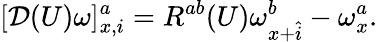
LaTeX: [{\cal D}(U)\omega]_{x,i}^{a}=R^{ab}(U)\omega_{x+\hat{i}}^{b}-\omega_{x}^{a}.